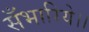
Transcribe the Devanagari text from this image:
सँभारिये।।